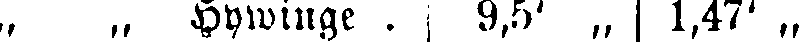
„ „ Hywinge . 9,5' „ 1,47' „